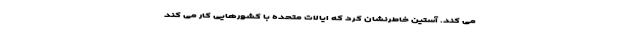
می کند. آستین خاطرنشان کرد که ایالات متحده با کشورهایی کار می کند